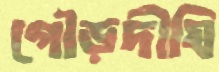
গৌড়দীঘি